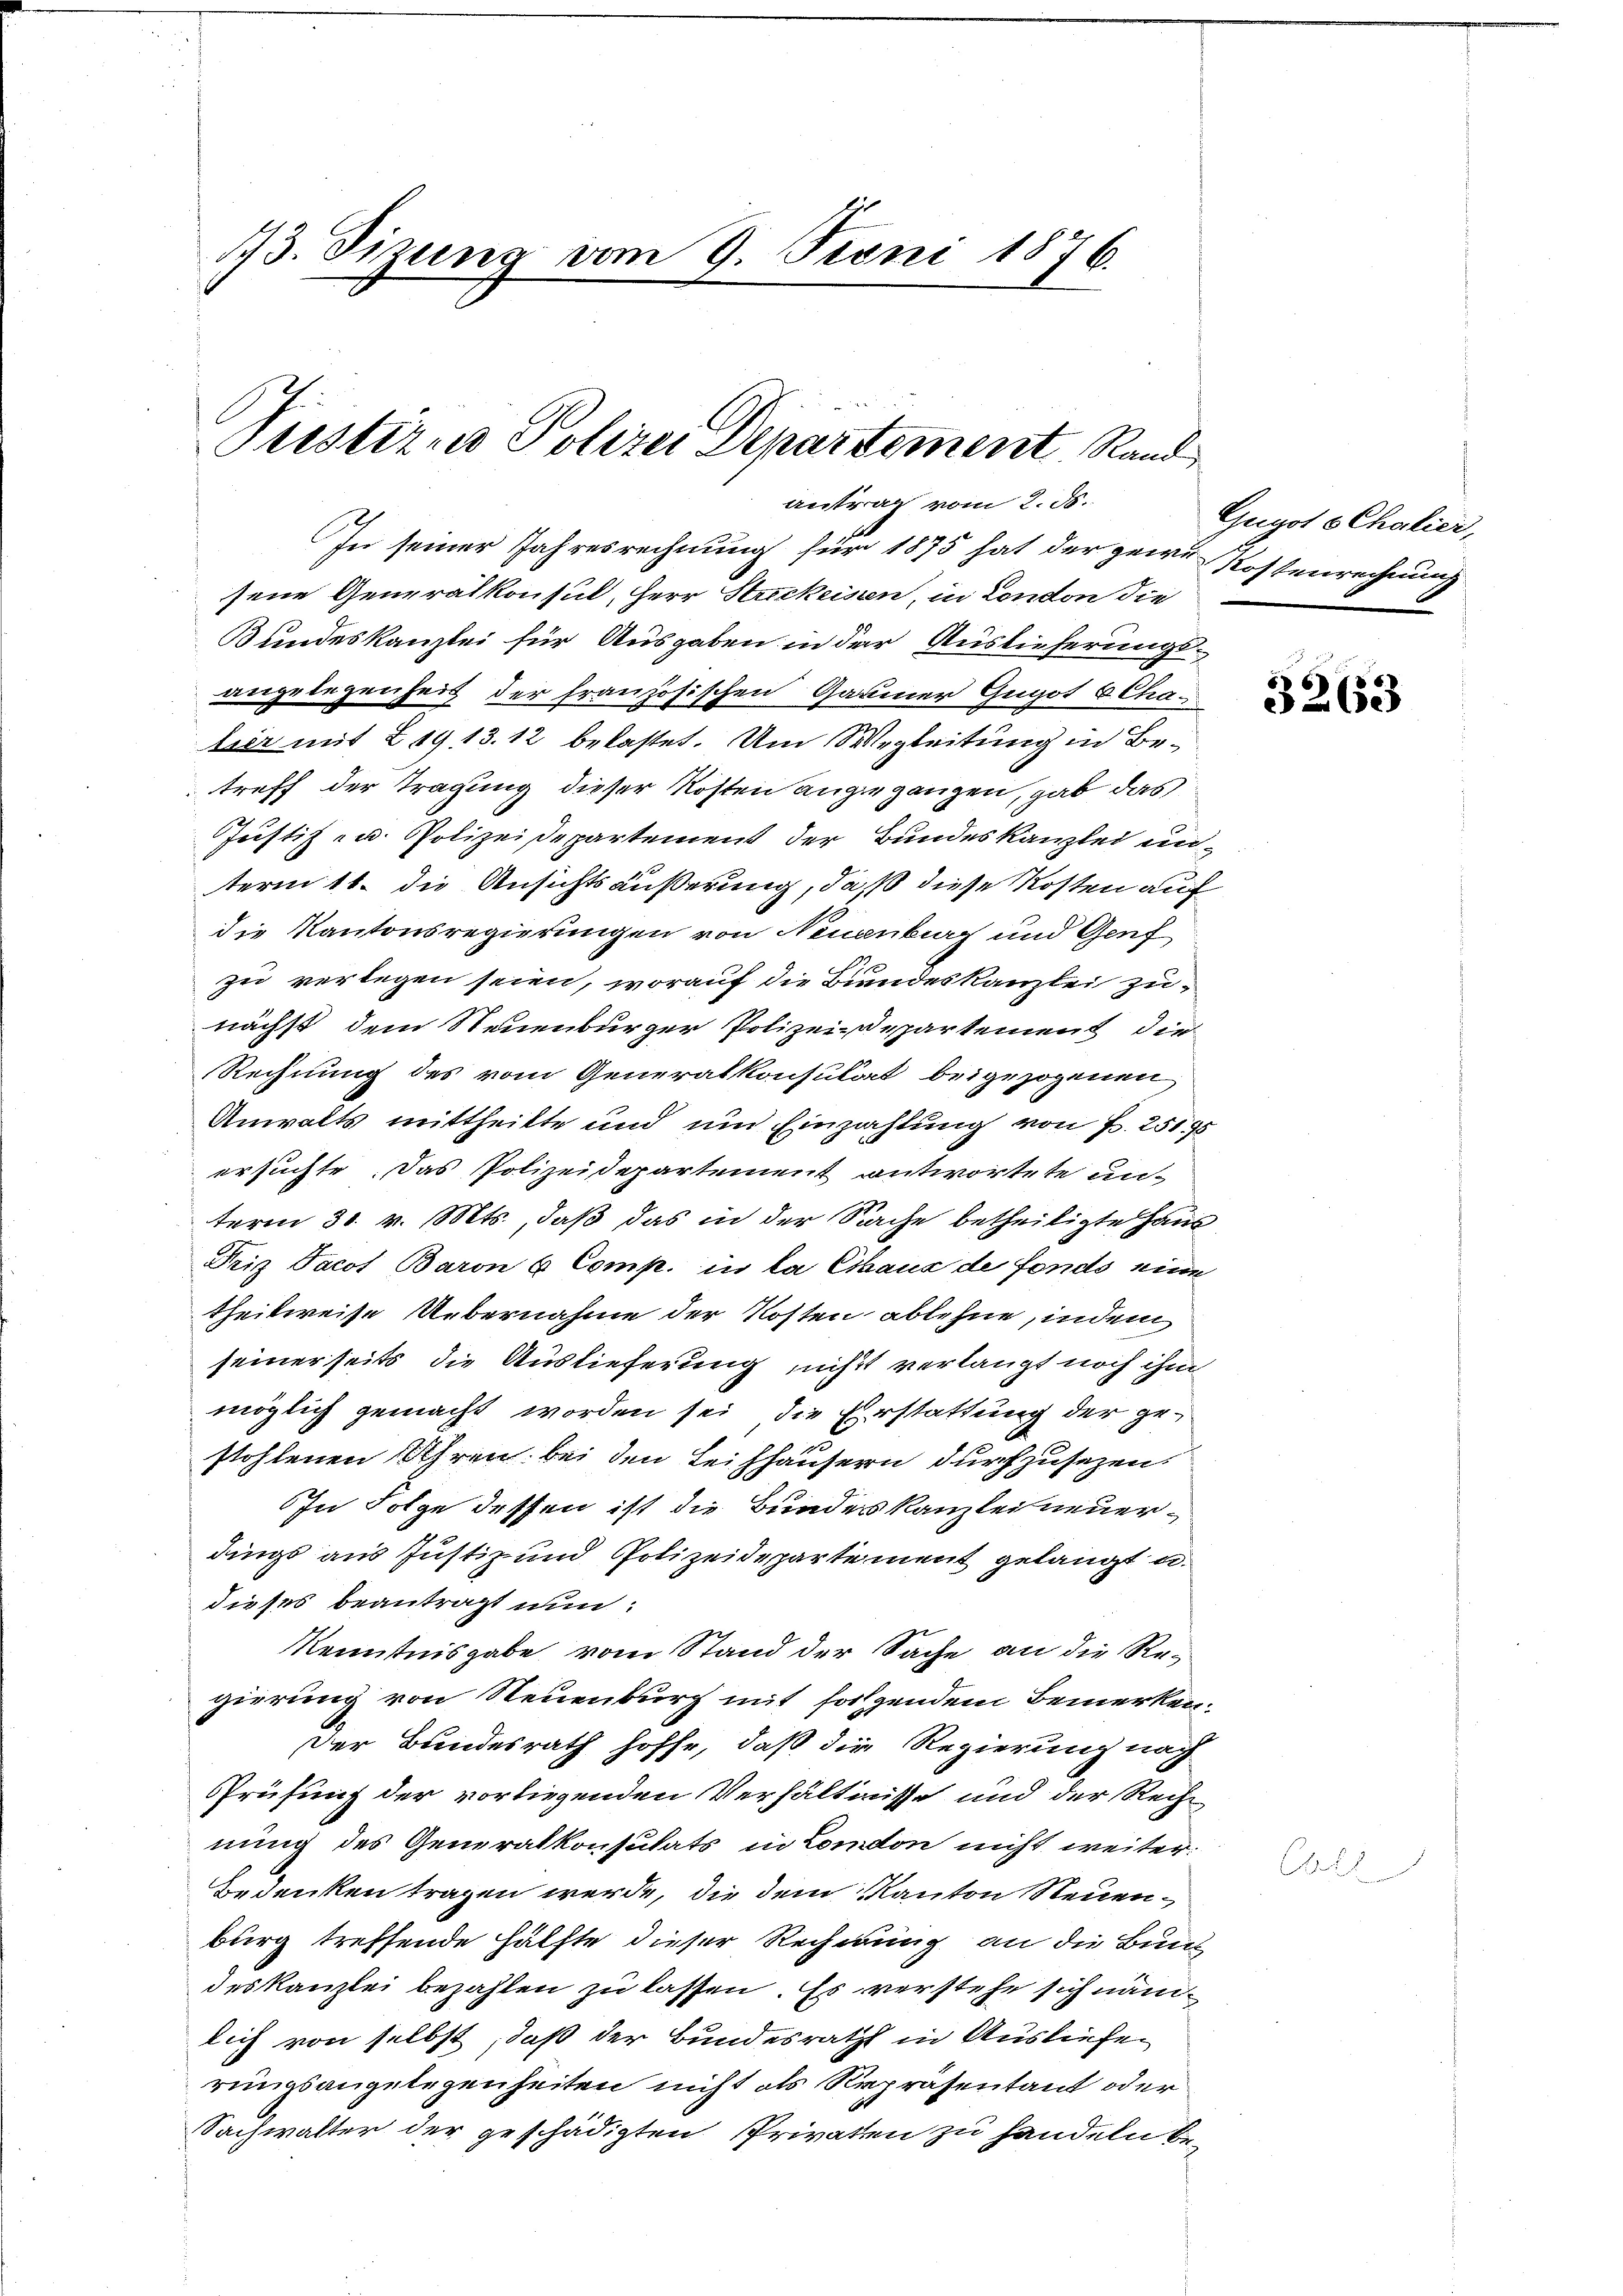
13. Sizung vom 9. Juni 1876.

Prestirne Polizei Departement Rand
antrag vom 2. ds.

In seiner Jahresrechnung für 1875 hat der gewe-Kostenrechnung
sene Generalkonsul, Herr Strickeisen, in London die
Bundeskanzlei für Ausgaben in der Auslieferungsangelegenheit der französischen Garmer Gugot u Cha-
lser mit 219, 13. 12 belastet. Um Wegleitung in Betreff der Tragung dieser Kosten angegangen, gab das
Justiz zu Polizeisepartement der Bundeskanzlei unterm 11. die Ansichtsäußerung, daß diese Kosten auf
die Kantonsregierungen von Neuenburg und Genf
zu verlegen seien, worauf die Bundeskanzlei zunächst dem Neuenburger Polizeidepartement die
Rechnung des vom Generalkonsulat beigezogenen
Anwalts mittheilte und um Einzahlung von P. 251 95
ersuchte. Das Polizeidepartement antwortete un-
term 31. v. Mts., daß das in der Sache betheiligte Haus
Friz Jacot Baron & Comp. in la Chaux de fonds eine
theilweise Übernahme der Kosten ablehne, indem
seinerseits die Auslieferung nicht verlangt noch ihm
möglich gemacht worden sei, die Erstattung der gestohlenen Uhren bei den Leichhäusern durchzusetzen.
In Folge dessen ist die Bundeskanzlei neuerdings aus Justiz und Polizeidepartement gelangt u.
dieses beantragt nun:
Kenntnisgabe vom Stand der Sache an die Re-
gierung von Neuenburg mit folgendem Bemerken.
Der Bundesrath hoffe, daß die Regierung noch
Prüfung der vorliegenden Verhältnisse und der Rechnung des Generalkonsulats in London nicht weiter:
Bedenken tragen werde, die dem Kanton Neuenburg treffende Hälfte dieser Rechnung an die Bund
deskanzlei bezahlen zu lassen. Es verstehe sich näm
lich von selbst, daß der Bundesrath in Ausliefen
rungsangelegenheiten nicht als Repräsentant oder
Sachwalter der geschädigten Privaten zu handeln be

Gugot Chalier,

3263

¬